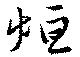
烜